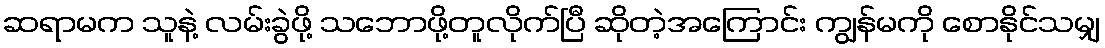
ဆရာမက သူနဲ့ လမ်းခွဲဖို့ သဘောဖို့တူလိုက်ပြီ ဆိုတဲ့အကြောင်း ကျွန်မကို စောနိုင်သမျှ